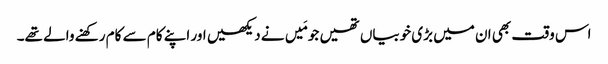
اس وقت بھی ان میں بڑی خوبیاں تھیں جو مَیں نے دیکھیں اور اپنے کام سے کام رکھنے والے تھے۔